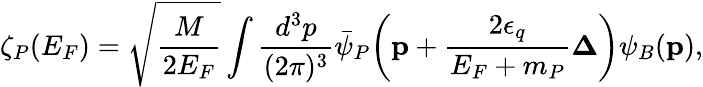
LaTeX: \zeta_{P}(E_{F})=\sqrt{\frac{M}{2E_{F}}}\int\frac{d^{3}p}{(2\pi)^{3}}\bar{\psi}_{P}\! \left({\mathbf p}+\frac{2\epsilon_{q}}{E_{F}+m_{P}}{\mathbf\Delta}\right)\psi_{B}({\mathbf p}),